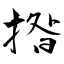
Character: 揝